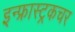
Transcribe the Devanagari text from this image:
इन्फ्रास्ट्रकचर